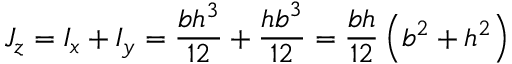
J _ { z } = I _ { x } + I _ { y } = { \frac { b h ^ { 3 } } { 1 2 } } + { \frac { h b ^ { 3 } } { 1 2 } } = { \frac { b h } { 1 2 } } \left( b ^ { 2 } + h ^ { 2 } \right)